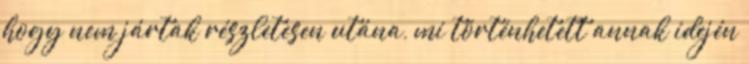
hogy nem jártak részletesen utána, mi történhetett annak idején